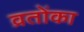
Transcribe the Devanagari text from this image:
व्रतोंका